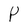
Character: P